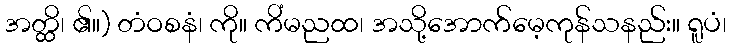
အတ္ထိ၊ ၏။) တံဝစနံ၊ ကို။ ကိံမညထ၊ အသို့အောက်မေ့ကုန်သနည်း။ ရူပံ၊